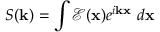
S ( \mathbf { k } ) = \int \mathcal { E } ( \mathbf { x } ) e ^ { i \mathbf { k } \mathbf { x } } ~ d \mathbf { x }